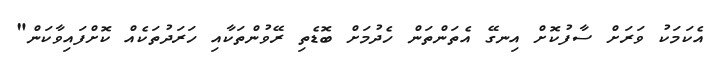
އެކަމަކު ވަރަށް ސާފުކޮށް އިނގޭ އެތަންތަން ހެދުމަށް ބޮޑެތި ރޭވުންތަކާއި ހަރަދުތަކެއް ކޮށްފައިވާކަން"